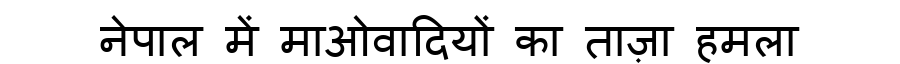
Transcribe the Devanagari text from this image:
नेपाल में माओवादियों का ताज़ा हमला